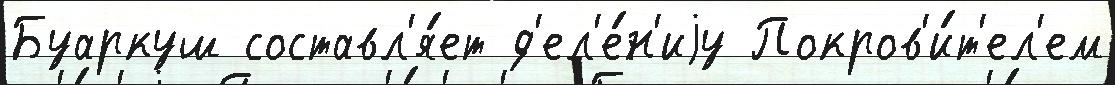
Буаркуш составл'я́ет д'ел'е́н'иjу Покров'и́т'ел'ем